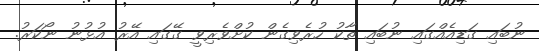
ނުބައި ގަޑިއެއްގައި ނުބައި ތާކު ހުރެވިގެން ކުށްވެރިވީ ގޭގައި އޭރު އުޅުނު ނޯކަރު.